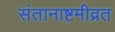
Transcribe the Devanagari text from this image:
संतानाष्टमीव्रत